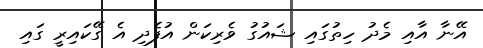
އޭނާ އާއި މެދު ހިތުގައި ޝައުގު ވެރިކަން އުފެދި އެ ގޭކައިރީ ގައި